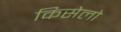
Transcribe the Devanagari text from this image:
किसेलो